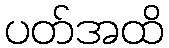
ပတ်အထိ